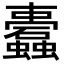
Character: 蠹